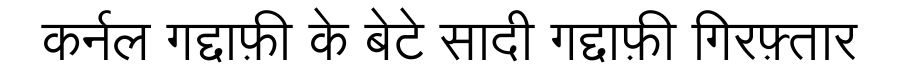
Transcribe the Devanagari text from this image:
कर्नल गद्दाफ़ी के बेटे सादी गद्दाफ़ी गिरफ़्तार